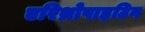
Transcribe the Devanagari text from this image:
एरिथ्रोपाइटिन